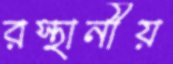
রস্থানীয়